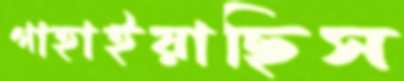
গাহাইয়াছিস